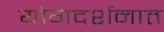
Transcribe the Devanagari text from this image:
योगदर्शनात